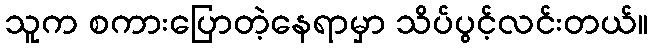
သူက စကားပြောတဲ့နေရာမှာ သိပ်ပွင့်လင်းတယ်။